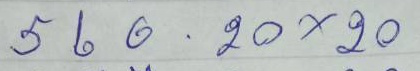
560 - 20 x 20